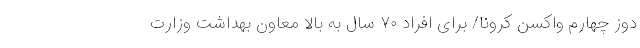
دوز چهارم واکسن کرونا/ برای افراد ۷۰ سال به بالا معاون بهداشت وزارت